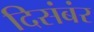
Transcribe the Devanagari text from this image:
दिसंबंर